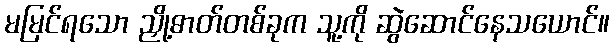
မမြင်ရသော ညှို့ဓာတ်တစ်ခုက သူ့ကို ဆွဲဆောင်နေသယောင်။